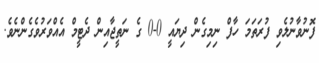
ފޮނުވާނުލެވި ފުރަތަމަ ހާފް ނިމިގެން ދިޔައީ 0-0 ގެ ނަތީޖާއިން ދެޓީމް އެއްވަރުވެގެންނެވެ.